NAE_ERA_R-2324_Eesti_Vabariigi_Pohiseaduslik_Assamblee, lk 24
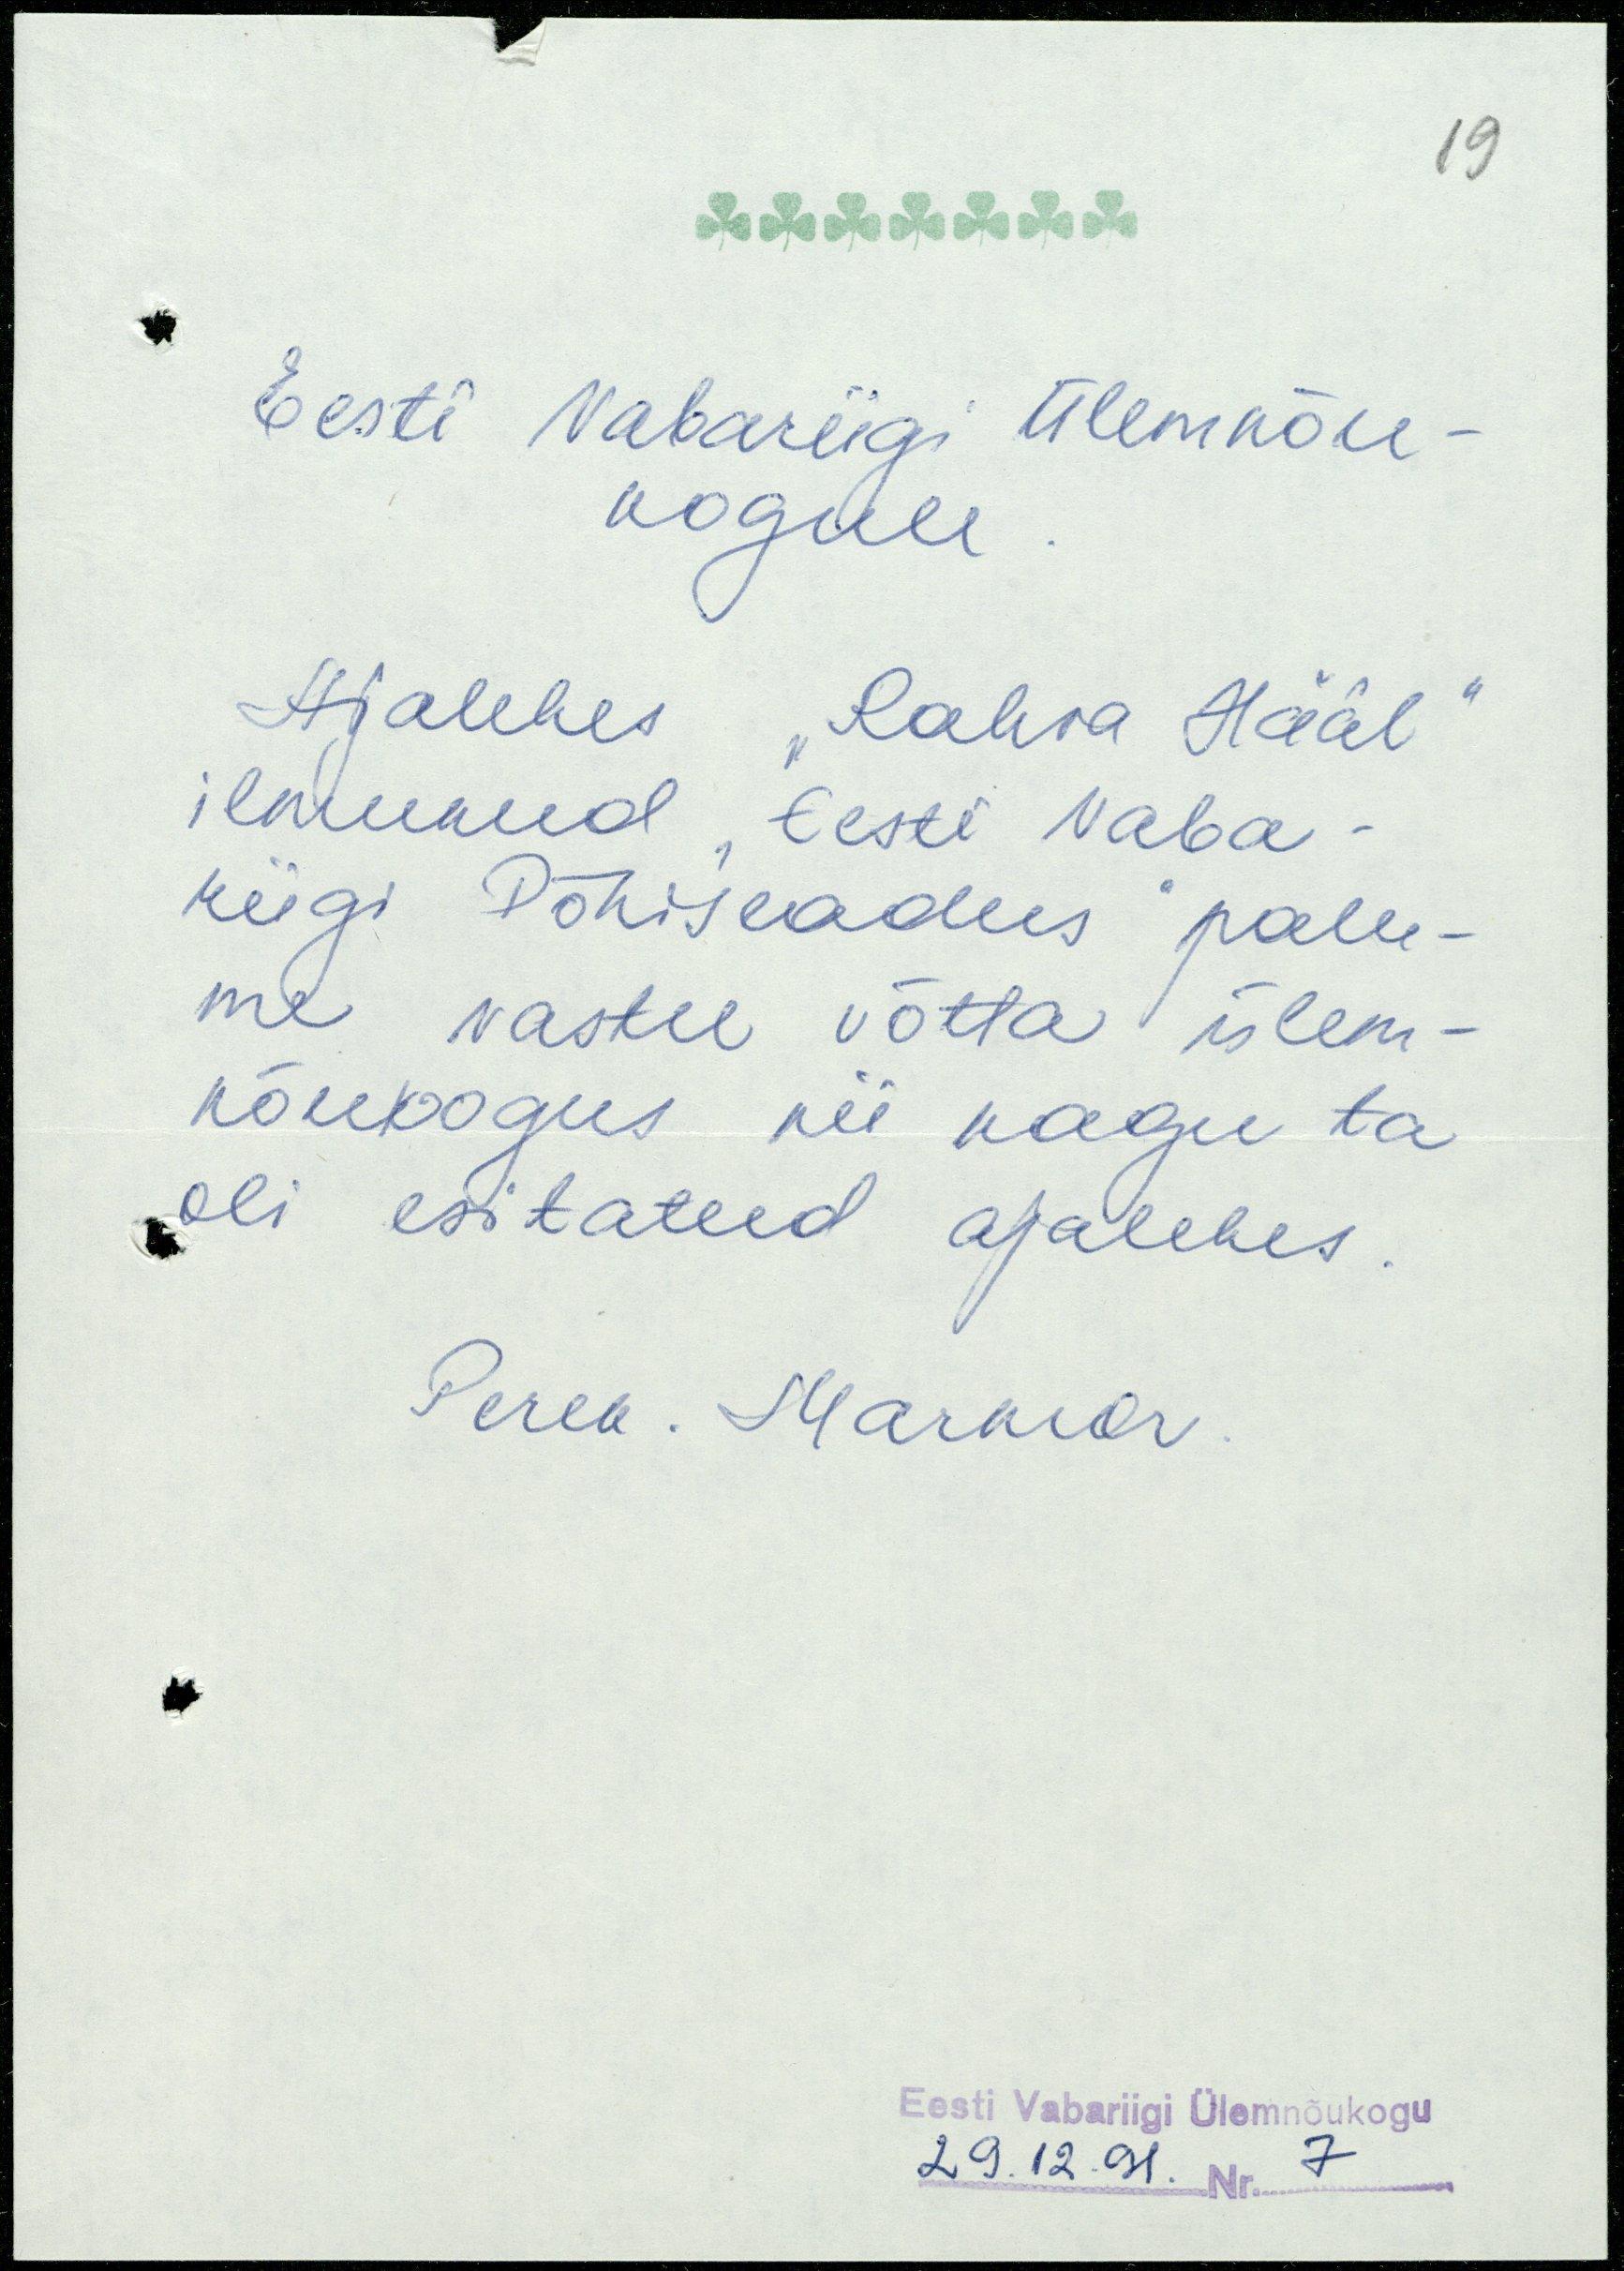
19
Eesti Vabariigi Ülemnõu-
kogule.
Ajalehes "Rahva Hääl"
ilmunud "Eesti Vaba-
riigi Põhiseadus" palu-
me vastu võtta ülem-
nõukogus nii nagu ta
oli esitatud ajalehes.
Perek. Marmor.
Eesti Vabariigi Ülemnõukogu
29.12.91. Nr. 7